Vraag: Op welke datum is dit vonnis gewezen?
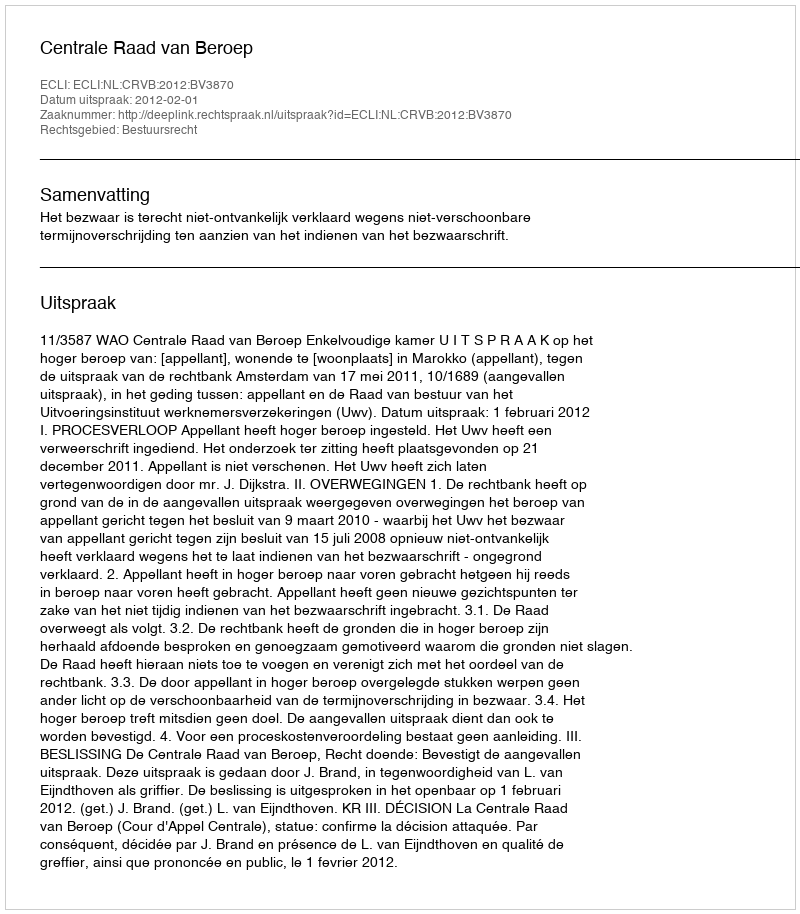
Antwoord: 2012-02-01